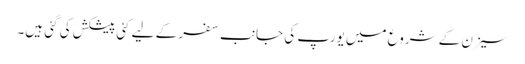
سیزن کے شروع میں یورپ کی جانب سفر کے لیے کئی پیشکش کی گئی ہیں۔